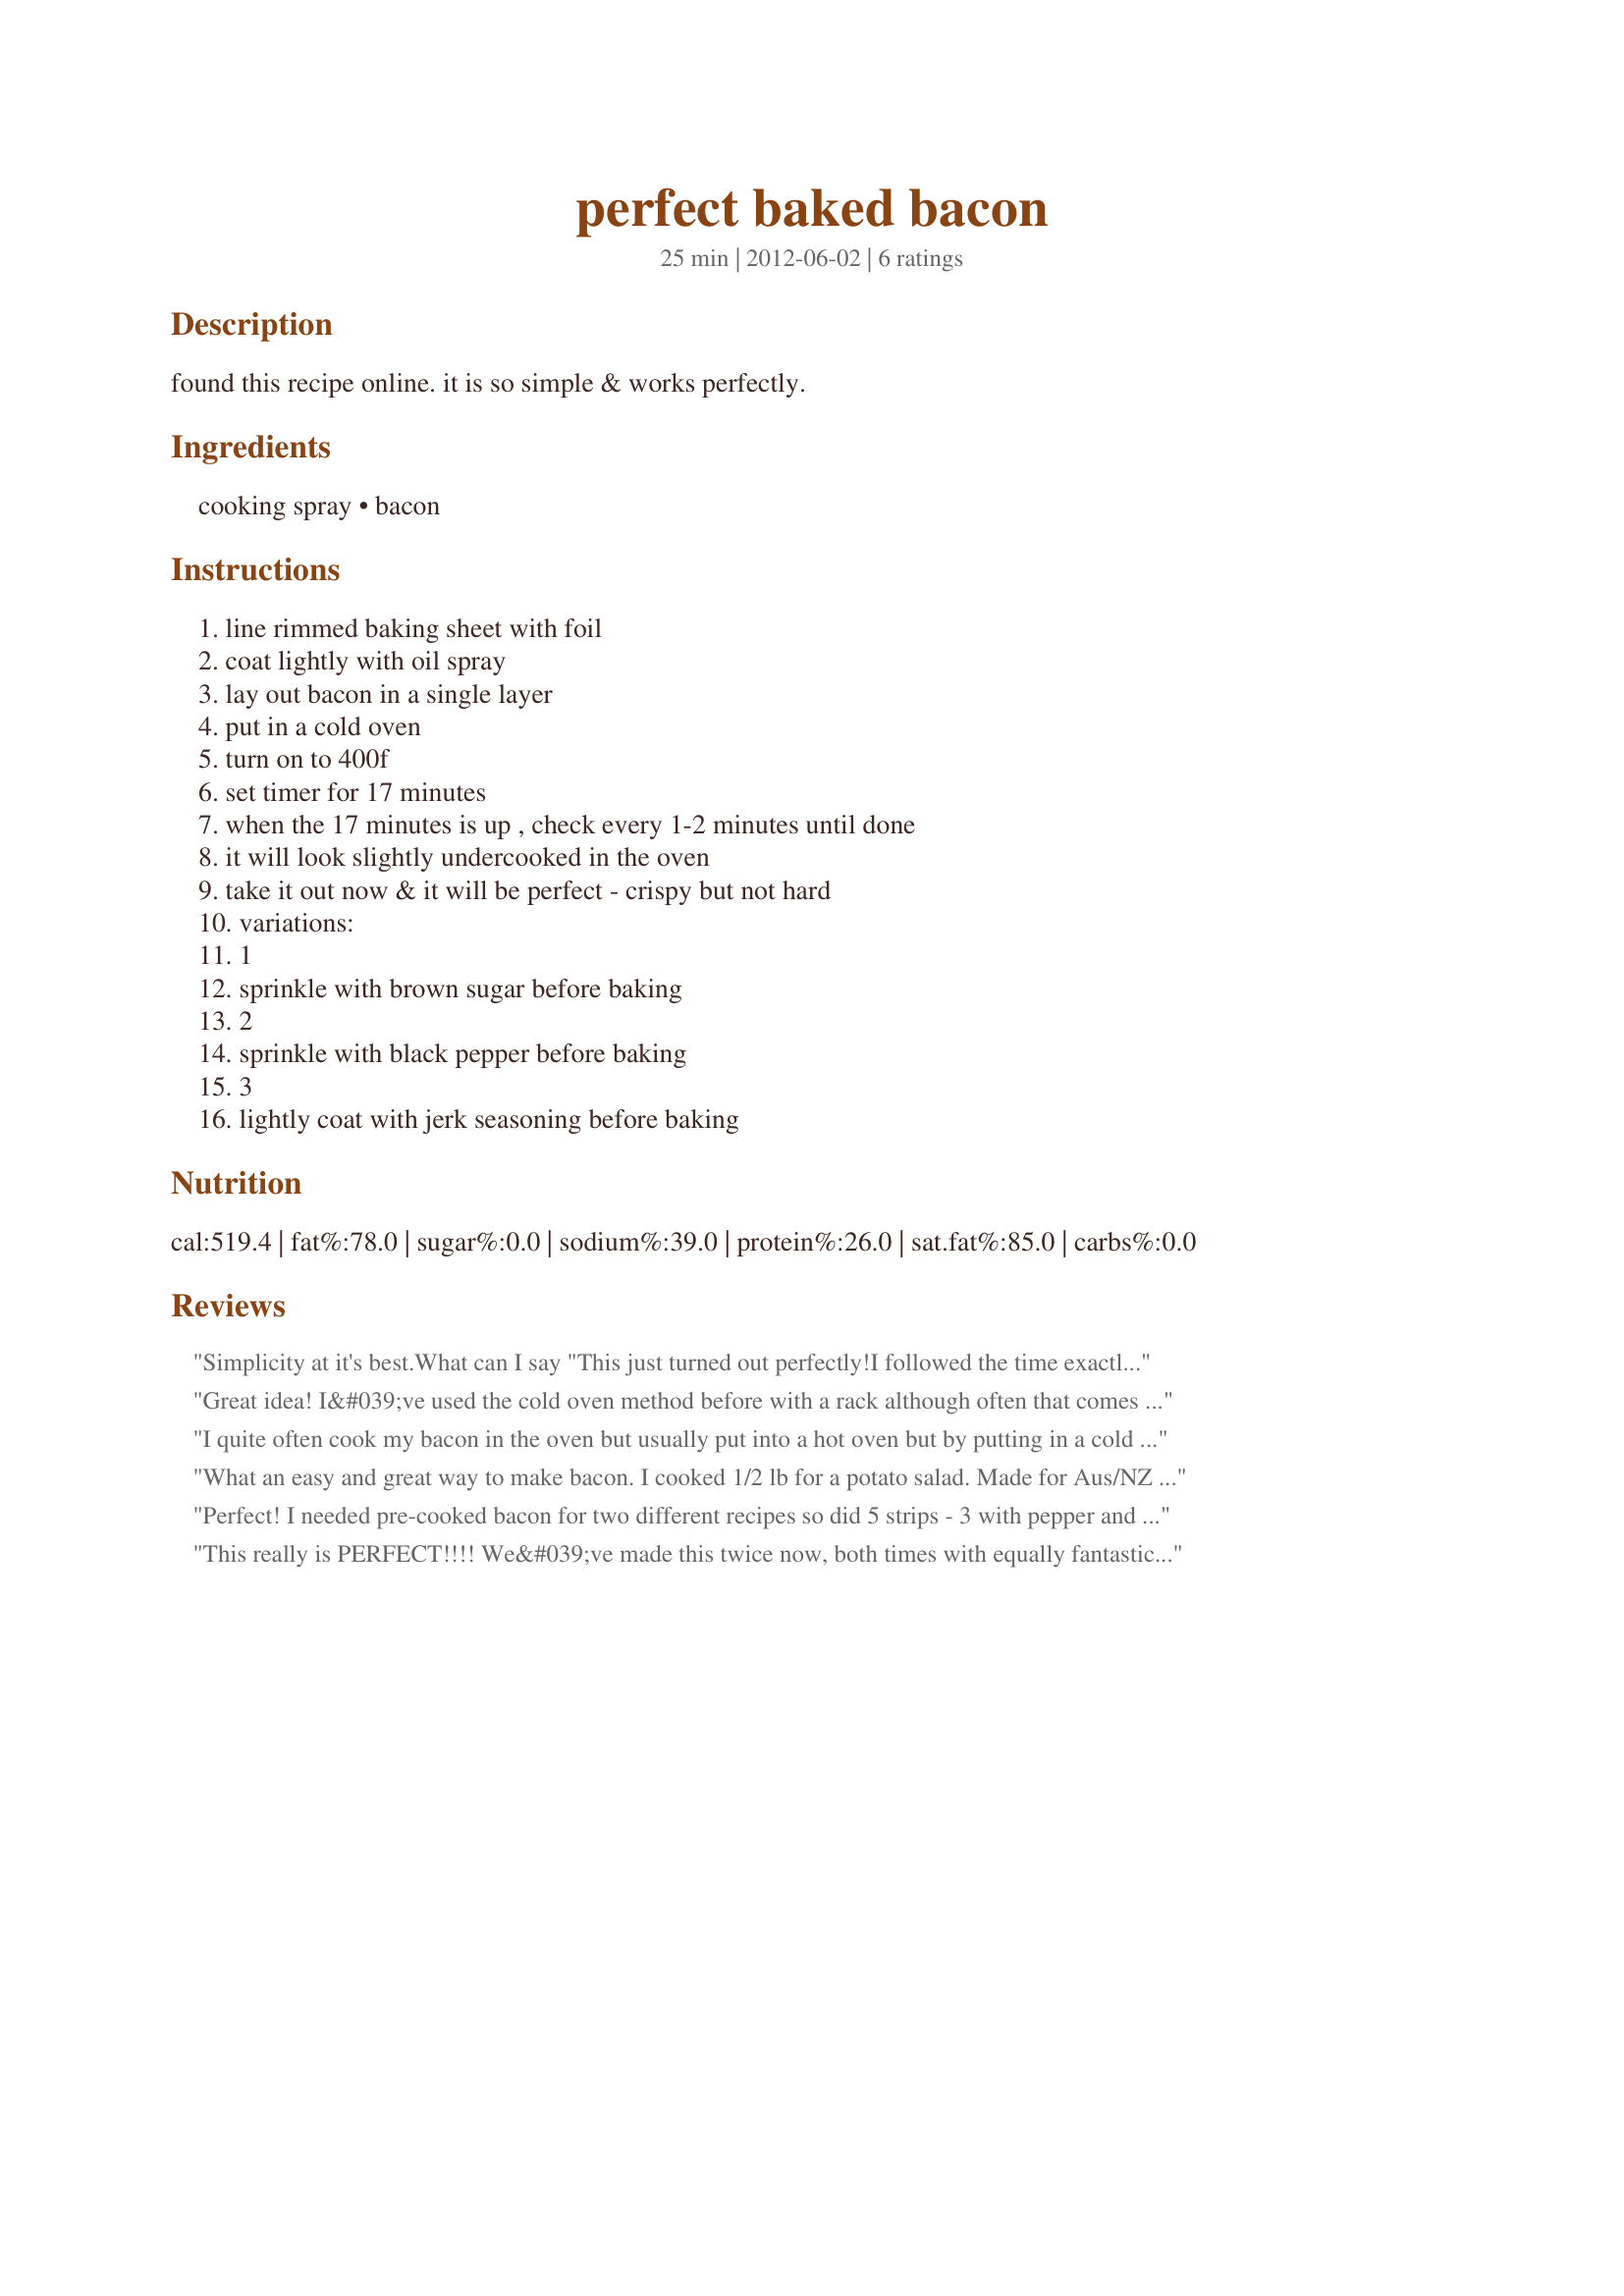
perfect baked bacon
Preparation time: 25 minutes

found this recipe online. it is so simple & works perfectly.

Ingredients:
cooking spray, bacon

Steps:
line rimmed baking sheet with foil, coat lightly with oil spray, lay out bacon in a single layer, put in a cold oven, turn on to 400f, set timer for 17 minutes, when the 17 minutes is up , check every 1-2 minutes until done, it will look slightly undercooked in the oven, take it out now & it will be perfect - crispy but not hard, variations:, 1, sprinkle with brown sugar before baking, 2, sprinkle with black pepper before baking, 3, lightly coat with jerk seasoning before baking

Reviews:
Simplicity at it's best.<br/>What can I say "This just turned out perfectly!<br/>I followed the time exactly and the bacon was just right for this family.<br/>I will make bacon like this a lot more often now.<br/>Thanks Elmotoo.
Great idea! I&#039;ve used the cold oven method before with a rack although often that comes out a bit too crunchy. This was an ideal in-between and certainly makes a lot less mess.
I quite often cook my bacon in the oven but usually put into a hot oven but by putting in a cold one it didn&#039;t curl up I baked for 19 minutes and it was perfect to make a bacon sandwich with for me but if making for the DH I would need to cook a lot longer as he likes his really, really crispy. Also I lined my tray with baking paper so did not worry about the oil, thank you Elmotoo, made for Auussie/Kiwi Recipe Swap #83 December 2013.
What an easy and great way to make bacon. I cooked 1/2 lb for a potato salad. Made for Aus/NZ tag.
Perfect! I needed pre-cooked bacon for two different recipes so did 5 strips - 3 with pepper and 2 plain. At 17 minutes I took them out but wanted them a bit crispier so put back for 2 more minutes and it was just what I needed. Thanks for sharing!
This really is PERFECT!!!! We&#039;ve made this twice now, both times with equally fantastic results.&lt;br/&gt;DH is over the moon with happiness now that his bacon can be cooked just the way he likes it, and I am too, as I&#039;m going to get bacon sandwiches cooked for me every weekend now!!!&lt;br/&gt;Winners all round.....big thanks Elmotoo.&lt;br/&gt;Made for AUS/NZ RECIPE SWAP #76.
